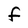
Character: F